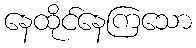
နေထိုင်နေကြသော